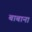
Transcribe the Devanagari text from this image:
बाबाना